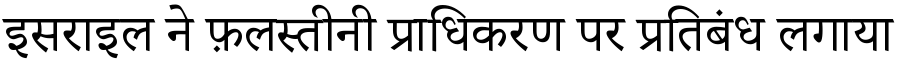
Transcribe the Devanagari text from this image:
इसराइल ने फ़लस्तीनी प्राधिकरण पर प्रतिबंध लगाया